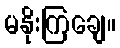
မနိုးကြချေ။